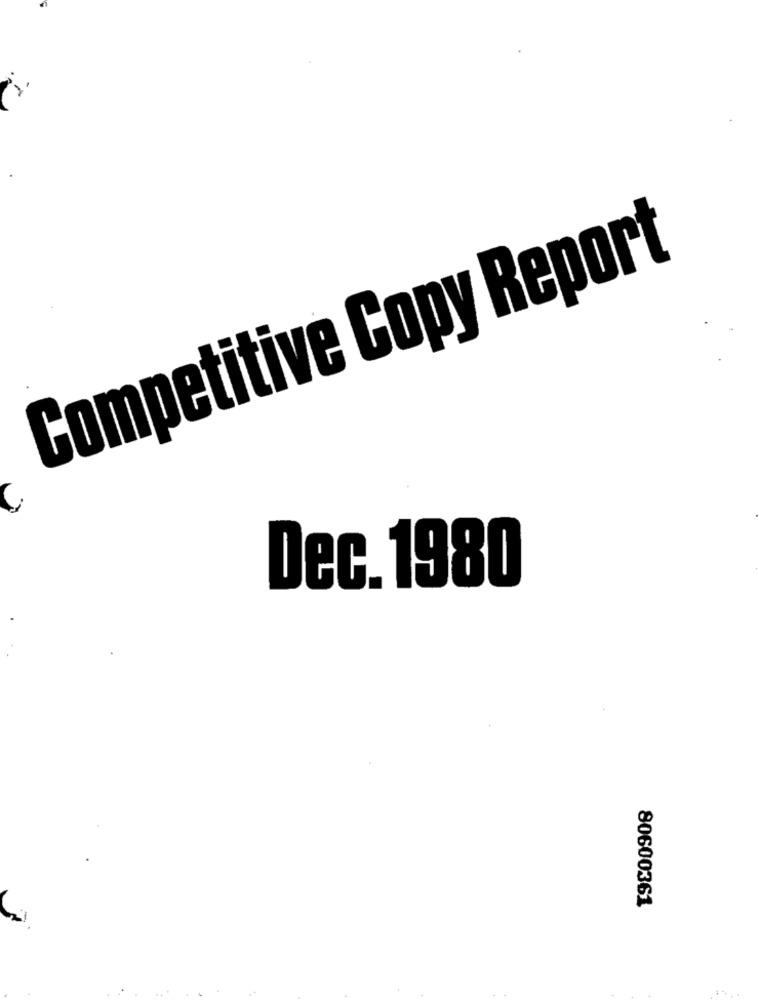
Competitive Copy Report
Dec. 1980
80600361